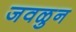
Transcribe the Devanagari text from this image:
जवळुन